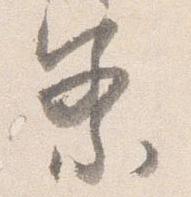
察